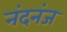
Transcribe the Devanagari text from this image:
नंदनंज